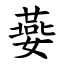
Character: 嬊